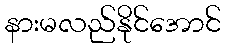
နားမလည်နိုင်အောင်